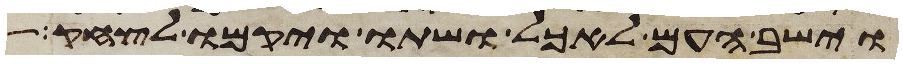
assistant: וישב העם לאכל ושתו ויקמו לצחק